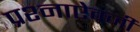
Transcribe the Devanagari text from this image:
प्रश्नाऐवजी